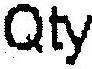
QTY